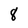
Character: 8